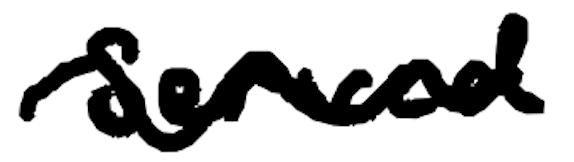
Text: served
Cross-out: wave
Writing tool: digital_black